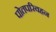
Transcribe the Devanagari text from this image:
पोतपरिवहन